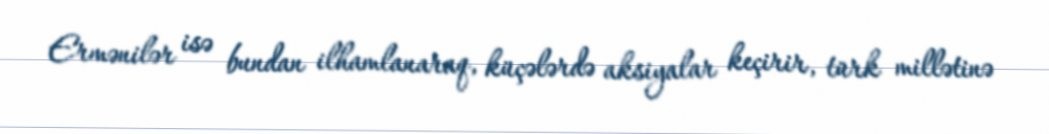
Ermənilər isə bundan ilhamlanaraq, küçələrdə aksiyalar keçirir, türk millətinə